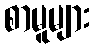
စာမူများ